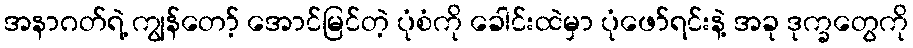
အနာဂတ်ရဲ့ ကျွန်တော့် အောင်မြင်တဲ့ ပုံစံကို ခေါင်းထဲမှာ ပုံဖော်ရင်းနဲ့ အခု ဒုက္ခတွေကို